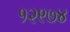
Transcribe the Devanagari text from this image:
१२९७४